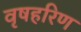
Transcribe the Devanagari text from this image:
वृषहरिण